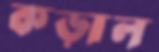
কড়াল